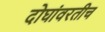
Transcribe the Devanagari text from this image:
दोघांवरतीच